Annual report of the Bengal Veterinary College and of the Civil Veterinary Department, Bengal, for the year 1899-1900 - 1899-1900
Year: 1899
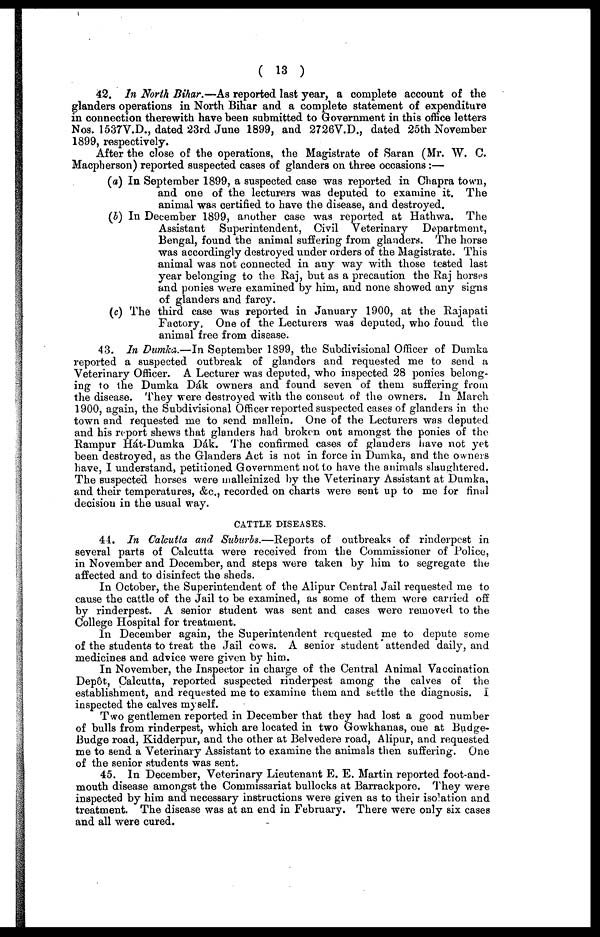
( 13 )
42. In North Bihar.—As reported last year, a complete account of the
glanders operations in North Bihar and a complete statement of expenditure
in connection therewith have been submitted to Government in this office letters
Nos. 1537V.D., dated 23rd June 1899, and 2726V.D., dated 25th November
1899, respectively.
After the close of the operations, the Magistrate of Saran (Mr. W. C.
Macpherson) reported suspected cases of glanders on three occasions :—
(a) In September 1899, a suspected case was reported in Chapra town,
and one of the lecturers was deputed to examine it. The
animal was certified to have the disease, and destroyed.
(b) In December 1899, another case was reported at Hathwa. The
Assistant Superintendent, Civil Veterinary Department,
Bengal, found the animal suffering from glanders. The horse
was accordingly destroyed under orders of the Magistrate. This
animal was not connected in any way with those tested last
year belonging to the Raj, but as a precaution the Raj horses
and ponies were examined by him, and none showed any signs
of glanders and farcy.
(c) The third case was reported in January 1900, at the Rajapati
Factory. One of the Lecturers was deputed, who found the
animal free from disease.
43. In Dumka.—In September 1899, the Subdivisional Officer of Dumka
reported a suspected outbreak of glanders and requested me to send a
Veterinary Officer. A Lecturer was deputed, who inspected 28 ponies belong-
ing to the Dumka Dák owners and found seven of them suffering from
the disease. They were destroyed with the consent of the owners. In March
1900, again, the Subdivisional Officer reported suspected cases of glanders in the
town and requested me to send mallein. One of the Lecturers was deputed
and his report shews that glanders had broken out amongst the ponies of the
Rampur Hát-Dumka Dák. The confirmed cases of glanders have not yet
been destroyed, as the Glanders Act is not in force in Dumka, and the owners
have, I understand, petitioned Government not to have the animals slaughtered.
The suspected horses were malleinized by the Veterinary Assistant at Dumka,
and their temperatures, &c., recorded on charts were sent up to me for final
decision in the usual way.
CATTLE DISEASES.
41. In Calcutta and Suburbs.—Reports of outbreaks of rinderpest in
several parts of Calcutta were received from the Commissioner of Police,
in November and December, and steps were taken by him to segregate the
affected and to disinfect the sheds.
In October, the Superintendent of the Alipur Central Jail requested me to
cause the cattle of the Jail to be examined, as some of them were carried off
by rinderpest. A senior student was sent and cases were removed to the
College Hospital for treatment.
In December again, the Superintendent requested me to depute some
of the students to treat the Jail cows. A senior student attended daily, and
medicines and advice were given by him.
In November, the Inspector in charge of the Central Animal Vaccination
Dep6t, Calcutta, reported suspected rinderpest among the calves of the
establishment, and requested me to examine them and settle the diagnosis. I
inspected the calves myself.
Two gentlemen reported in December that they had lost a good number
of bulls from rinderpest, which are located in two Gowkhanas, one at Budge-
Budge road, Kidderpur, and the other at Belvedere road, Alipur, and requested
me to send a Veterinary Assistant to examine the animals then suffering. One
of the senior students was sent.
45. In December, Veterinary Lieutenant E. E. Martin reported foot-and-
mouth disease amongst the Commissariat bullocks at Barrackpore. They were
inspected by him and necessary instructions were given as to their isolation and
treatment. The disease was at an end in February. There were only six cases
and all were cured.